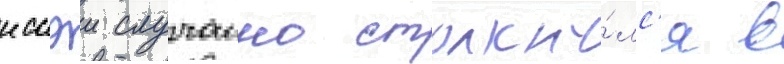
иссэи случаино столкну́лс'я в